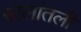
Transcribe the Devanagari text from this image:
सालांतली